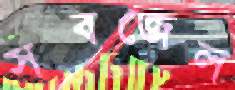
সবজেল